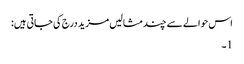
اس حوالے سے چند مثالیں مزید درج کی جاتی ہیں:
1۔